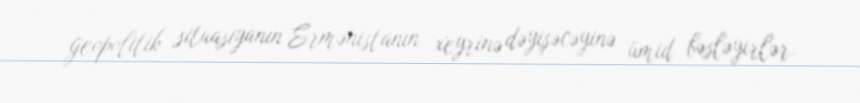
geopolitik situasiyanın Ermənistanın xeyrinə dəyişəcəyinə ümid bəsləyirlər.